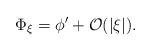
LaTeX: \begin{align*}\Phi_\xi=\phi'+\mathcal{O}(|\xi|).\end{align*}